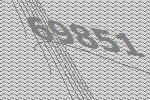
69851